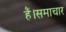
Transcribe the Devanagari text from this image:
हैं।समाचार